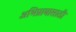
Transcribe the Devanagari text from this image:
अभिप्रायासाठी